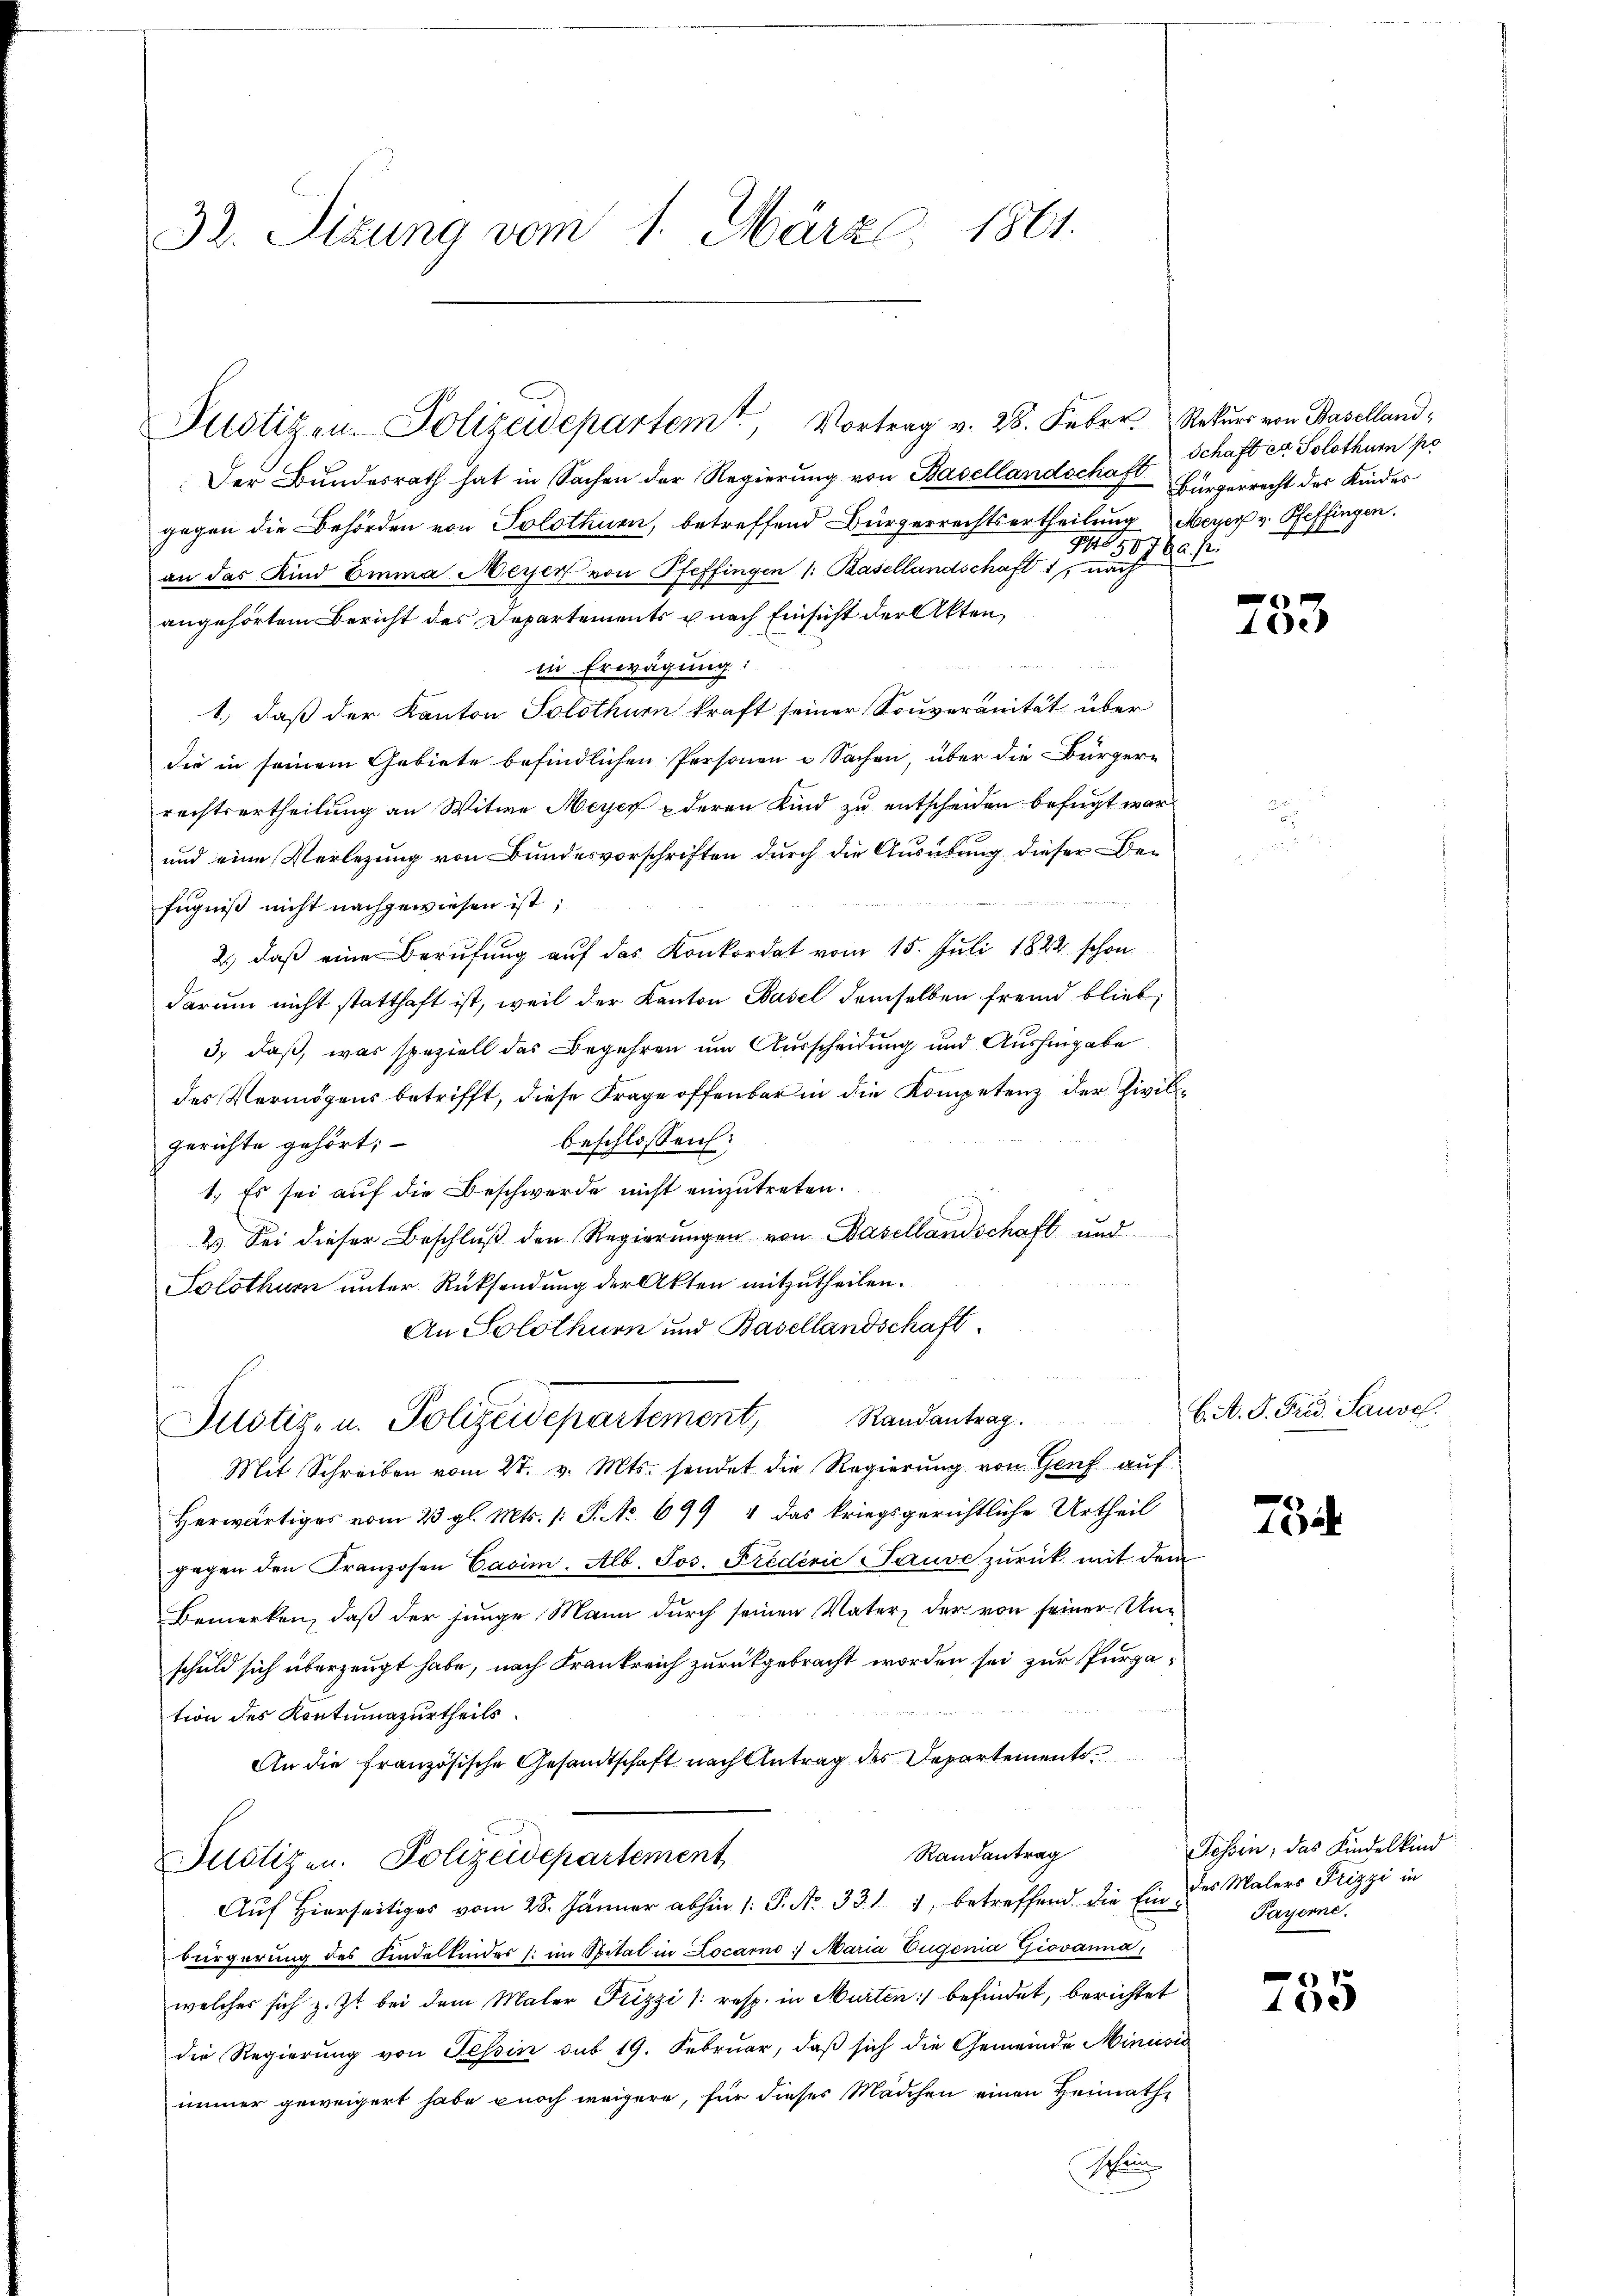
32. Sizung vom 1. März 1861.

Der Bundesrath hat in Sachen der Regierung von Basellandschaft
gegen die Behörden von Solothuen, betreffend Bürgerrechtsertheilung Meyer v. Pfeffingen.
an das Kind Emma Meyer von Pfeffingen /: Basellandschaft 1, nach
angehörtem Bericht des Departements u nach Einsicht der Akten,
in Erwägung:
1.) daß der Kanton Solothurn kraft seiner Souveranität über
die in seinem Gebiete befindlichen Personen u Sachen, über die Bürger-
rechtsurtheilung an Witwe Meyer deren Kind zu entscheiden befugt war,
und eine Verlegung von Bundesvorschriften durch die Ausübung dieser Befugniß nicht nachgewiesen ist;
2.) daß eine Berufung auf das Konkordat vom 15. Juli 1822. schon
darum nicht statthaft ist, weil der Kanton Basel demselben fremd blieb,
3) daß, was speziell das Begehren um Ausscheidung und Aushingabe
des Vermögens betrifft, diese Frage offenbar in die Kompetenz der Zivilbeschlossen:
gerichte gehört;
1.) Es sei auf die Beschwerde nicht einzutreten.
2.) Sei dieser Beschlŭβ den Regierŭngen von Basellandschaft und
Solothur unter Rücksendung der Akten mitzutheilen.
An Solothurn und Basellandschaft.
Justiz- u. Polizeidepartement, Randantrag.
Mit Schreiben vom 27. v. Mts. sendet die Regierung von Genf auf
Herwärtiges vom 23. gl. Mts. 1: P. No 699 4 das kriegsgerichtliche Urtheil
gegen den Franzosen Casim. Alb. Jos. Fredević Sauve zurück mit dem
Bemerken, daß der junge Mann durch seinen Vater, der von seiner Unschuld sich überzeugt habe, nach Frankreich zurückgebracht worden sei zur Purgation des Kontumazurtheils.
An die französische Gesandtschaft nach Antrag des Departements
Randantrag
Justizen. Polizeidepartement
Aŭf Hierseitiges vom 28. Jänner abhin 1. P. Nr. 331 1, betreffend die Ein des Malers Frizzi in
bürgerung des Kindeltendes im Spital in Locarno Maria Eugenia Giovanna,
welches sich z. Zt. bei dem Maler Frizzi /: resp. in Murten befindet, berichtet
die Regierung von Tessin sub 19. Februar, daß sich die Gemeinde Minusio
immer geweigert habe noch weigere, für dieses Mädchen einen Heimath¬
Schein

Justizen. Polizeidepartem Vortrag v. 28. Feber. Rekŭrs von Baselland,

Schaft er Solothurn po
Bürgerrecht des Kindes
9450760 f.

753

b. A. S. Frid. Sausel.

10

Jossen; das Kindelkind
Payerne.

785